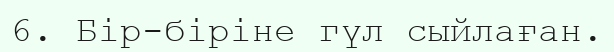
6. Бір-біріне гүл сыйлаған.